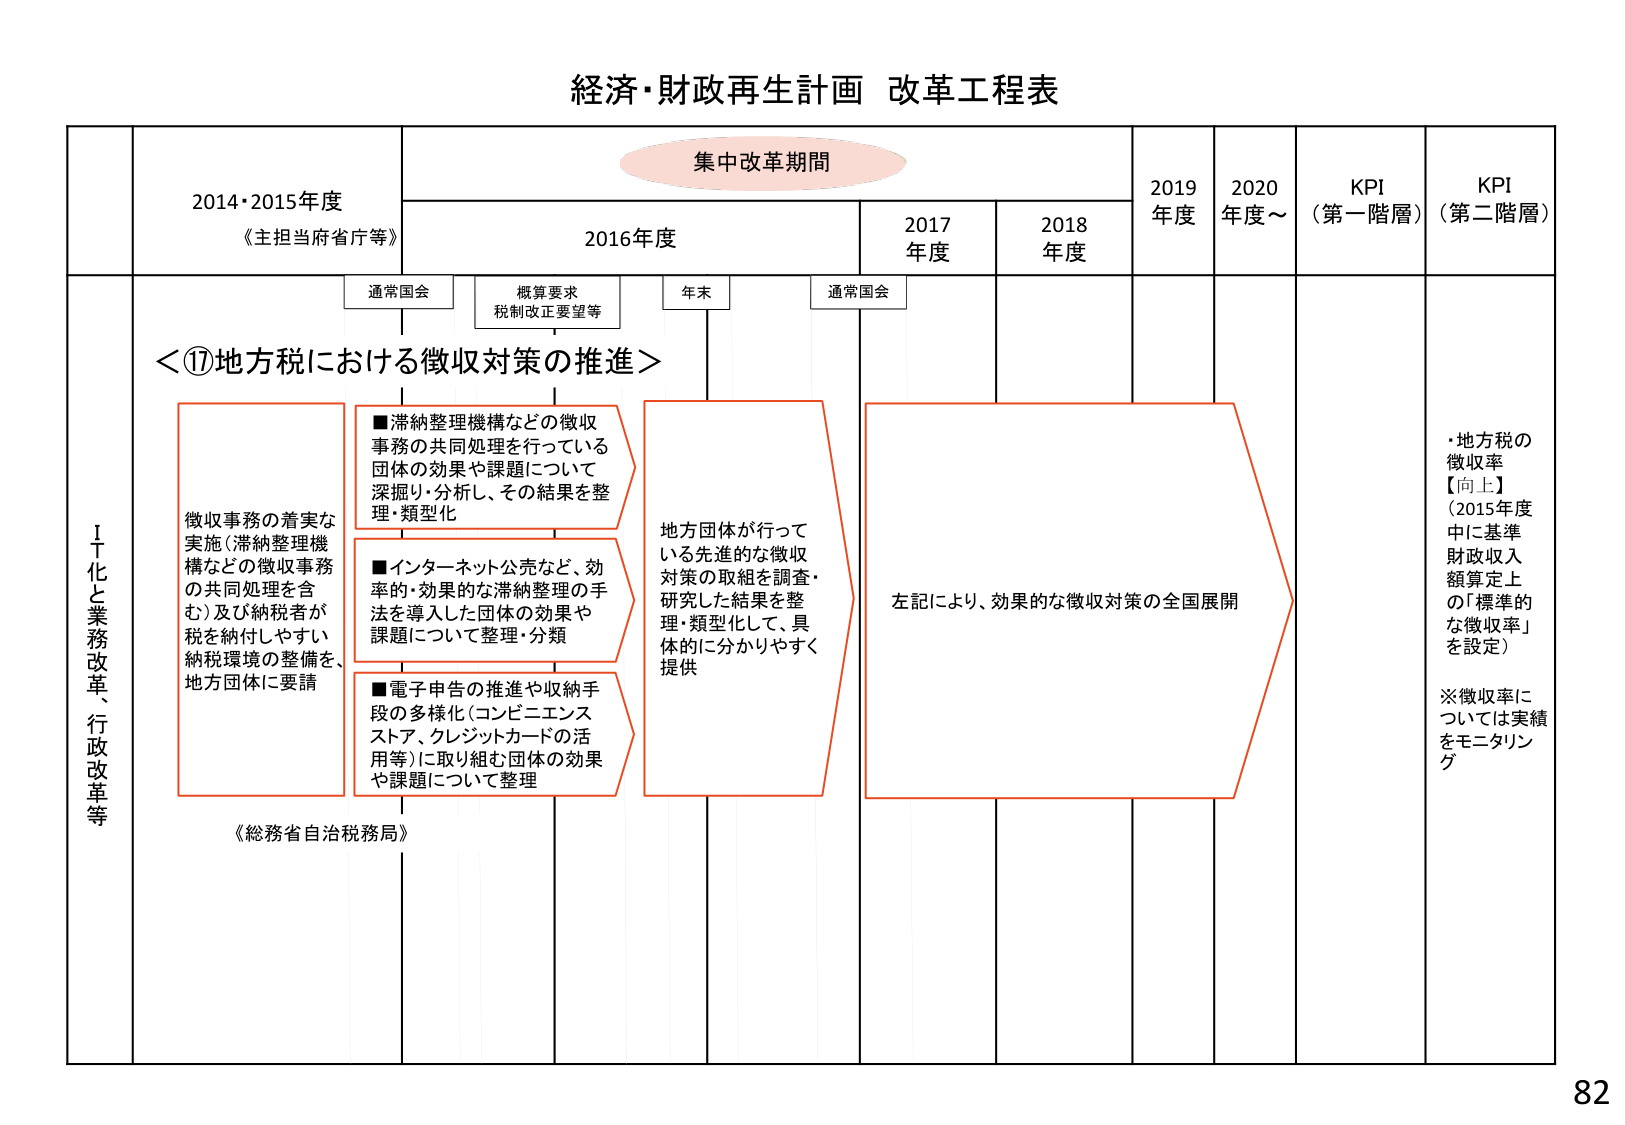
経済・財政再生計画 改革工程表

集中改革期間

2014・2015年度
《主担当府省庁等》

2016年度

2017年度

2018年度

2019年度

2020年度～

KPI
（第一階層）

KPI
（第二階層）

通常国会

概算要求
税制改正要望等

年末

通常国会

＜⑰地方税における徴収対策の推進＞

ＩＴ化と業務改革、行政改革等

徴収事務の着実な
実施（滞納整理機
構などの徴収事務
の共同処理を含
む）及び納税者が
税を納付しやすい
納税環境の整備を、
地方団体に要請

■滞納整理機構などの徴収
事務の共同処理を行っている
団体の効果や課題について
深掘り・分析し、その結果を整
理・類型化

■インターネット公売など、効
率的・効果的な滞納整理の手
法を導入した団体の効果や
課題について整理・分類

■電子申告の推進や収納手
段の多様化（コンビニエンス
ストア、クレジットカードの活
用等）に取り組む団体の効果
や課題について整理

地方団体が行って
いる先進的な徴収
対策の取組を調査・
研究した結果を整
理・類型化して、具
体的に分かりやすく
提供

左記により、効果的な徴収対策の全国展開

《総務省自治税務局》

・地方税の
徴収率
【向上】
（2015年度
中に基準
財政収入
額算定上
の「標準的
な徴収率」
を設定）

※徴収率に
ついては実績
をモニタリン
グ

82